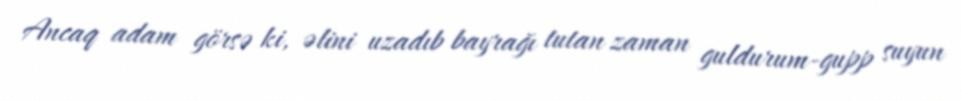
Ancaq adam görsə ki, əlini uzadıb bayrağı tutan zaman guldurum-gupp suyun